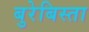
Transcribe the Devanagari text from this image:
बुरेबिस्ता